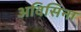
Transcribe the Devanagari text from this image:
अविसिना